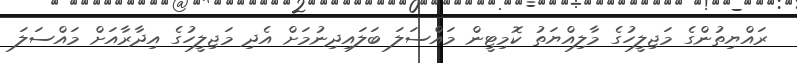
ރައްޔިތުންގެ މަޖިލީހުގެ މާލިއްޔަތު ކޮމިޓީން މައްސަލަ ބަލައިދިނުމަށް އެދި މަޖިލީހުގެ އިދާރާއަށް މައްސަލަ